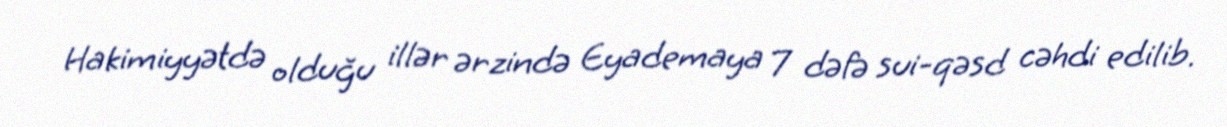
Hakimiyyətdə olduğu illər ərzində Eyademaya 7 dəfə sui-qəsd cəhdi edilib.